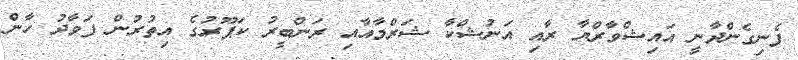
ފެނިގެންދާނީ އައިޝްވާރްޔާ ރާއި އަނުޝްކާ ޝަރްމާއާއި ރަންބީރު ކަޕޫރުގެ އިތުރުން ފަވާދު ހާން